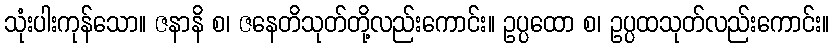
သုံးပါးကုန်သော။ ဇနာနိ စ၊ ဇနေတိသုတ်တို့လည်းကောင်း။ ဥပ္ပထော စ၊ ဥပ္ပထသုတ်လည်းကောင်း။